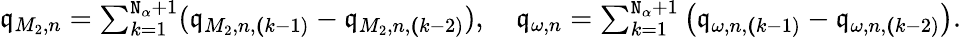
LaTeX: \begin{array}{r}{\mathfrak{q}_{M_{2},n}=\sum_{k=1}^{\mathtt{N}_{\alpha}+1}(\mathfrak{q}_{M_{2},n,\le(k-1)}-\mathfrak{q}_{M_{2},n,\le(k-2)}),\quad\mathfrak{q}_{\omega,n}=\sum_{k=1}^{\mathtt{N}_{\alpha}+1}\left(\mathfrak{q}_{\omega,n,\le(k-1)}-\mathfrak{q}_{\omega,n,\le(k-2)}\right).}\end{array}